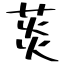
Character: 菼